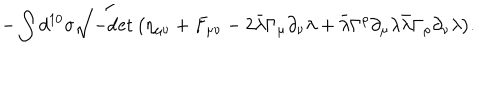
LaTeX: - \int d ^ { 1 0 } \sigma \sqrt { - \mathrm { d e t } \, \big ( \eta _ { \mu \nu } + F _ { \mu \nu } - 2 \bar { \lambda } \Gamma _ { \mu } \partial _ { \nu } \lambda + \bar { \lambda } \Gamma ^ { \rho } \partial _ { \mu } \lambda \bar { \lambda } \Gamma _ { \rho } \partial _ { \nu } \lambda \big ) } .